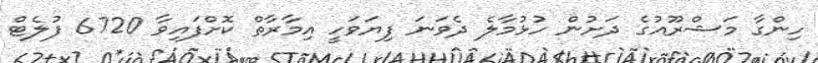
ހިންގާ މަޝްރޫއުގެ ދަށުން ހުޅުމާލެ ދެވަނަ ފިޔަވަހީ އިމާރާތް ކޮށްފައިވާ 6720 ފުލެޓް